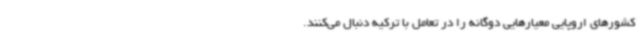
کشورهای اروپایی معیارهایی دوگانه را در تعامل با ترکیه دنبال می‌کنند.